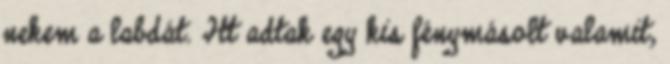
nekem a labdát. Itt adtak egy kis fénymásolt valamit,